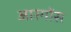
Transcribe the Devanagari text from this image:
आरगोंस